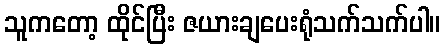
သူကတော့ ထိုင်ပြီး ဇယားချပေးရုံသက်သက်ပါ။